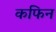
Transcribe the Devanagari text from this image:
कफिन